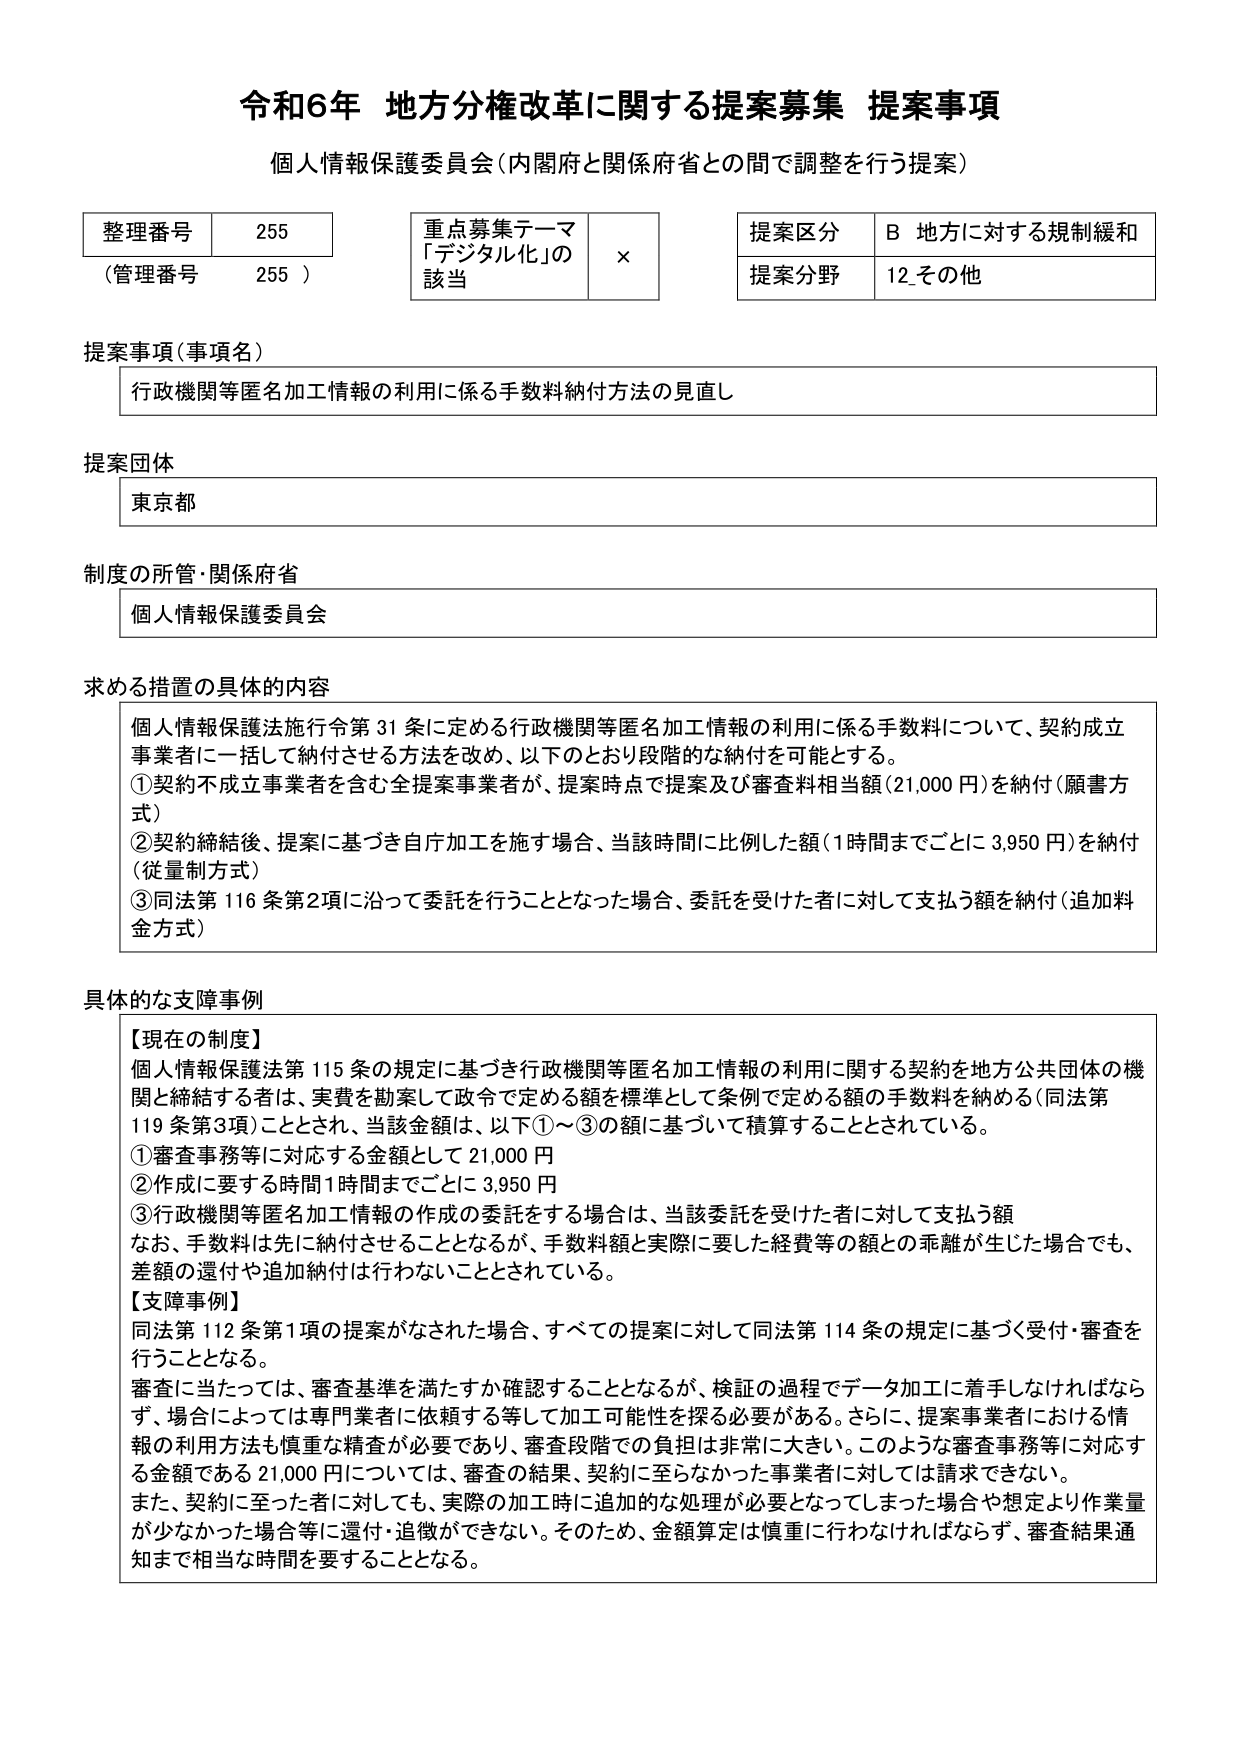
令和6年 地方分権改革に関する提案募集 提案事項
個人情報保護委員会（内閣府と関係府省との間で調整を行う提案）

整理番号 255
（管理番号 255）

重点募集テーマ
「デジタル化」の該当 ×

提案区分 B 地方に対する規制緩和
提案分野 12 その他

提案事項（事項名）
行政機関等匿名加工情報の利用に係る手数料納付方法の見直し

提案団体
東京都

制度の所管・関係府省
個人情報保護委員会

求める措置の具体的内容
個人情報保護法施行令第31条に定める行政機関等匿名加工情報の利用に係る手数料について、契約成立事業者に一括して納付させる方法を改め、以下のとおり段階的な納付を可能とする。
①契約不成立事業者を含む全提案事業者が、提案時点で提案及び審査料相当額（21,000円）を納付（願書方式）
②契約締結後、提案に基づき自庁加工を施す場合、当該時間に比例した額（1時間までごとに3,950円）を納付（従量制方式）
③同法第116条第2項に沿って委託を行うこととなった場合、委託を受けた者に対して支払う額を納付（追加料金方式）

具体的な支障事例
【現在の制度】
個人情報保護法第115条の規定に基づき行政機関等匿名加工情報の利用に関する契約を地方公共団体の機関と締結する者は、実費を勘案して政令で定める額を標準として条例で定める額の手数料を納める（同法第119条第3項）こととされ、当該金額は、以下①～③の額に基づいて積算することとされている。
①審査事務等に対応する金額として21,000円
②作成に要する時間1時間までごとに3,950円
③行政機関等匿名加工情報の作成の委託をする場合は、当該委託を受けた者に対して支払う額
なお、手数料は先に納付させることとなるが、手数料額と実際に要した経費等の額との乖離が生じた場合でも、差額の還付や追加納付は行わないこととされている。

【支障事例】
同法第112条第1項の提案がなされた場合、すべての提案に対して同法第114条の規定に基づく受付・審査を行うこととなる。
審査に当たっては、審査基準を満たすか確認することとなるが、検証の過程でデータ加工に着手しなければならず、場合によっては専門業者に依頼する等して加工可能性を探る必要がある。さらに、提案事業者における情報の利用方法も慎重な精査が必要であり、審査段階での負担は非常に大きい。このような審査事務等に対応する金額である21,000円については、審査の結果、契約に至らなかった事業者に対しては請求できない。
また、契約に至った者に対しても、実際の加工時に追加的な処理が必要となってしまった場合や想定より作業量が少なかった場合等に還付・追徴ができない。そのため、金額算定は慎重に行わなければならず、審査結果通知まで相当な時間を要することとなる。